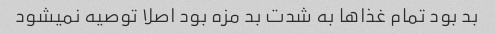
بد بود تمام غذاها به شدت بد مزه بود اصلا توصیه نمیشود